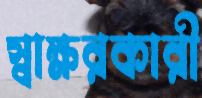
স্বাক্ষরকারী